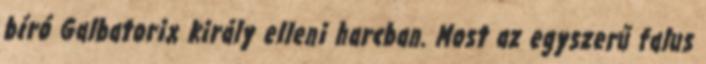
bíró Galbatorix király elleni harcban. Most az egyszerű falus